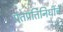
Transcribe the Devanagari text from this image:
पंतप्रतिनिधींचे